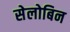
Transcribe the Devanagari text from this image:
सेलोबिन